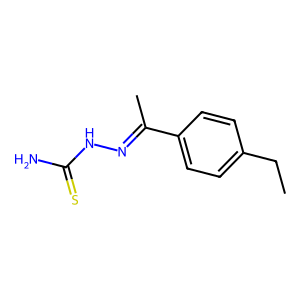
SMILES: CCc1ccc(C(C)=NNC(N)=S)cc1
Inhibits HIV replication: No